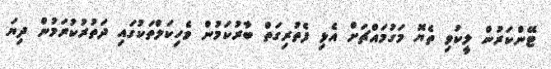
ޓޭންކަރުން ލީކުވި ތެޔޮ މަގުމައްޗަށް އެޅި ފެތުރިގަތް ބާރުކަމުން ވެހިކަލްތަކުގައި ދަތުރުކުރަމުން ދިޔަ